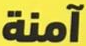
آمنة